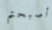
أصبحتم